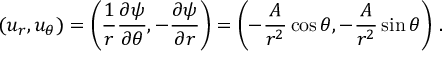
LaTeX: ( u _ { r } , u _ { \theta } ) = \left( { \frac { 1 } { r } } { \frac { \partial \psi } { \partial \theta } } , - { \frac { \partial \psi } { \partial r } } \right) = \left( - { \frac { A } { r ^ { 2 } } } \cos \theta , - { \frac { A } { r ^ { 2 } } } \sin \theta \right) \, .